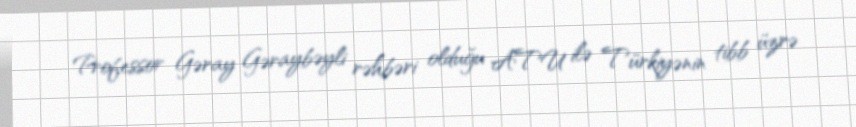
Professor Gəray Gəraybəyli rəhbəri olduğu ATU ilə Türkiyənin tibb üzrə